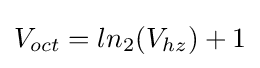
V_{oct}=ln_{2}(V_{hz})+1